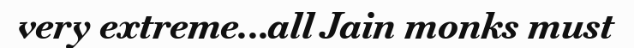
very extreme...all Jain monks must